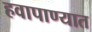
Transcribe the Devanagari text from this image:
हवापाण्यात